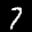
Label: 7